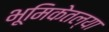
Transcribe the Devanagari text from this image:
भूमिकेतल्या